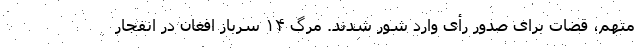
متهم، قضات برای صدور رأی وارد شور شدند. مرگ ۱۴ سرباز افغان در انفجار